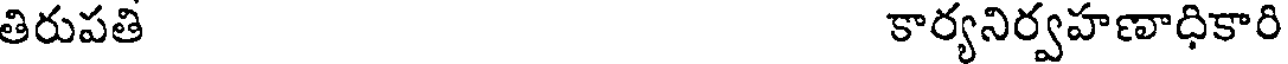
తిరుపతి కార్యనిర్వహణాధికారి